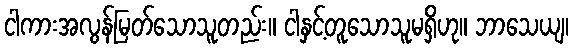
ငါကားအလွန်မြတ်သောသူတည်း။ ငါနှင့်တူသောသူမရှိဟု။ ဘာသေယျ၊